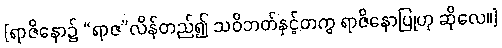
[ရာဇိနော၌ “ရာဇ”လိန်တည်၍ သဝိဘတ်နှင့်တကွ ရာဇိနောပြုဟု ဆိုလေ။]